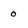
Character: 0